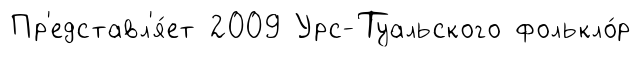
Пр'едставл'я́ет 2009 Урс-Туальского фолькло́р